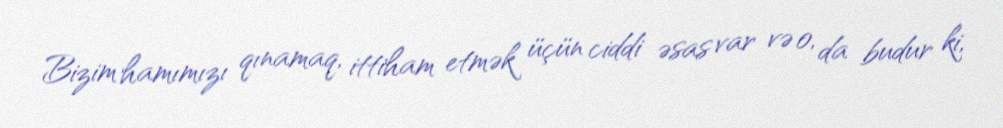
Bizim hamımızı qınamaq, ittiham etmək üçün ciddi əsas var və o, da budur ki,